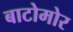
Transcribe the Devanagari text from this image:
बाटोमोर